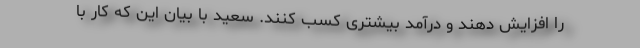
را افزایش دهند و درآمد بیشتری کسب کنند. سعید با بیان این که کار با